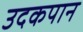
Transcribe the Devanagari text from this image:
उदकपान